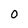
Character: O